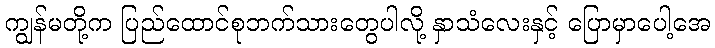
ကျွန်မတို့က ပြည်ထောင်စုဘက်သားတွေပါလို့ နှာသံလေးနှင့် ပြောမှာပေါ့အေ